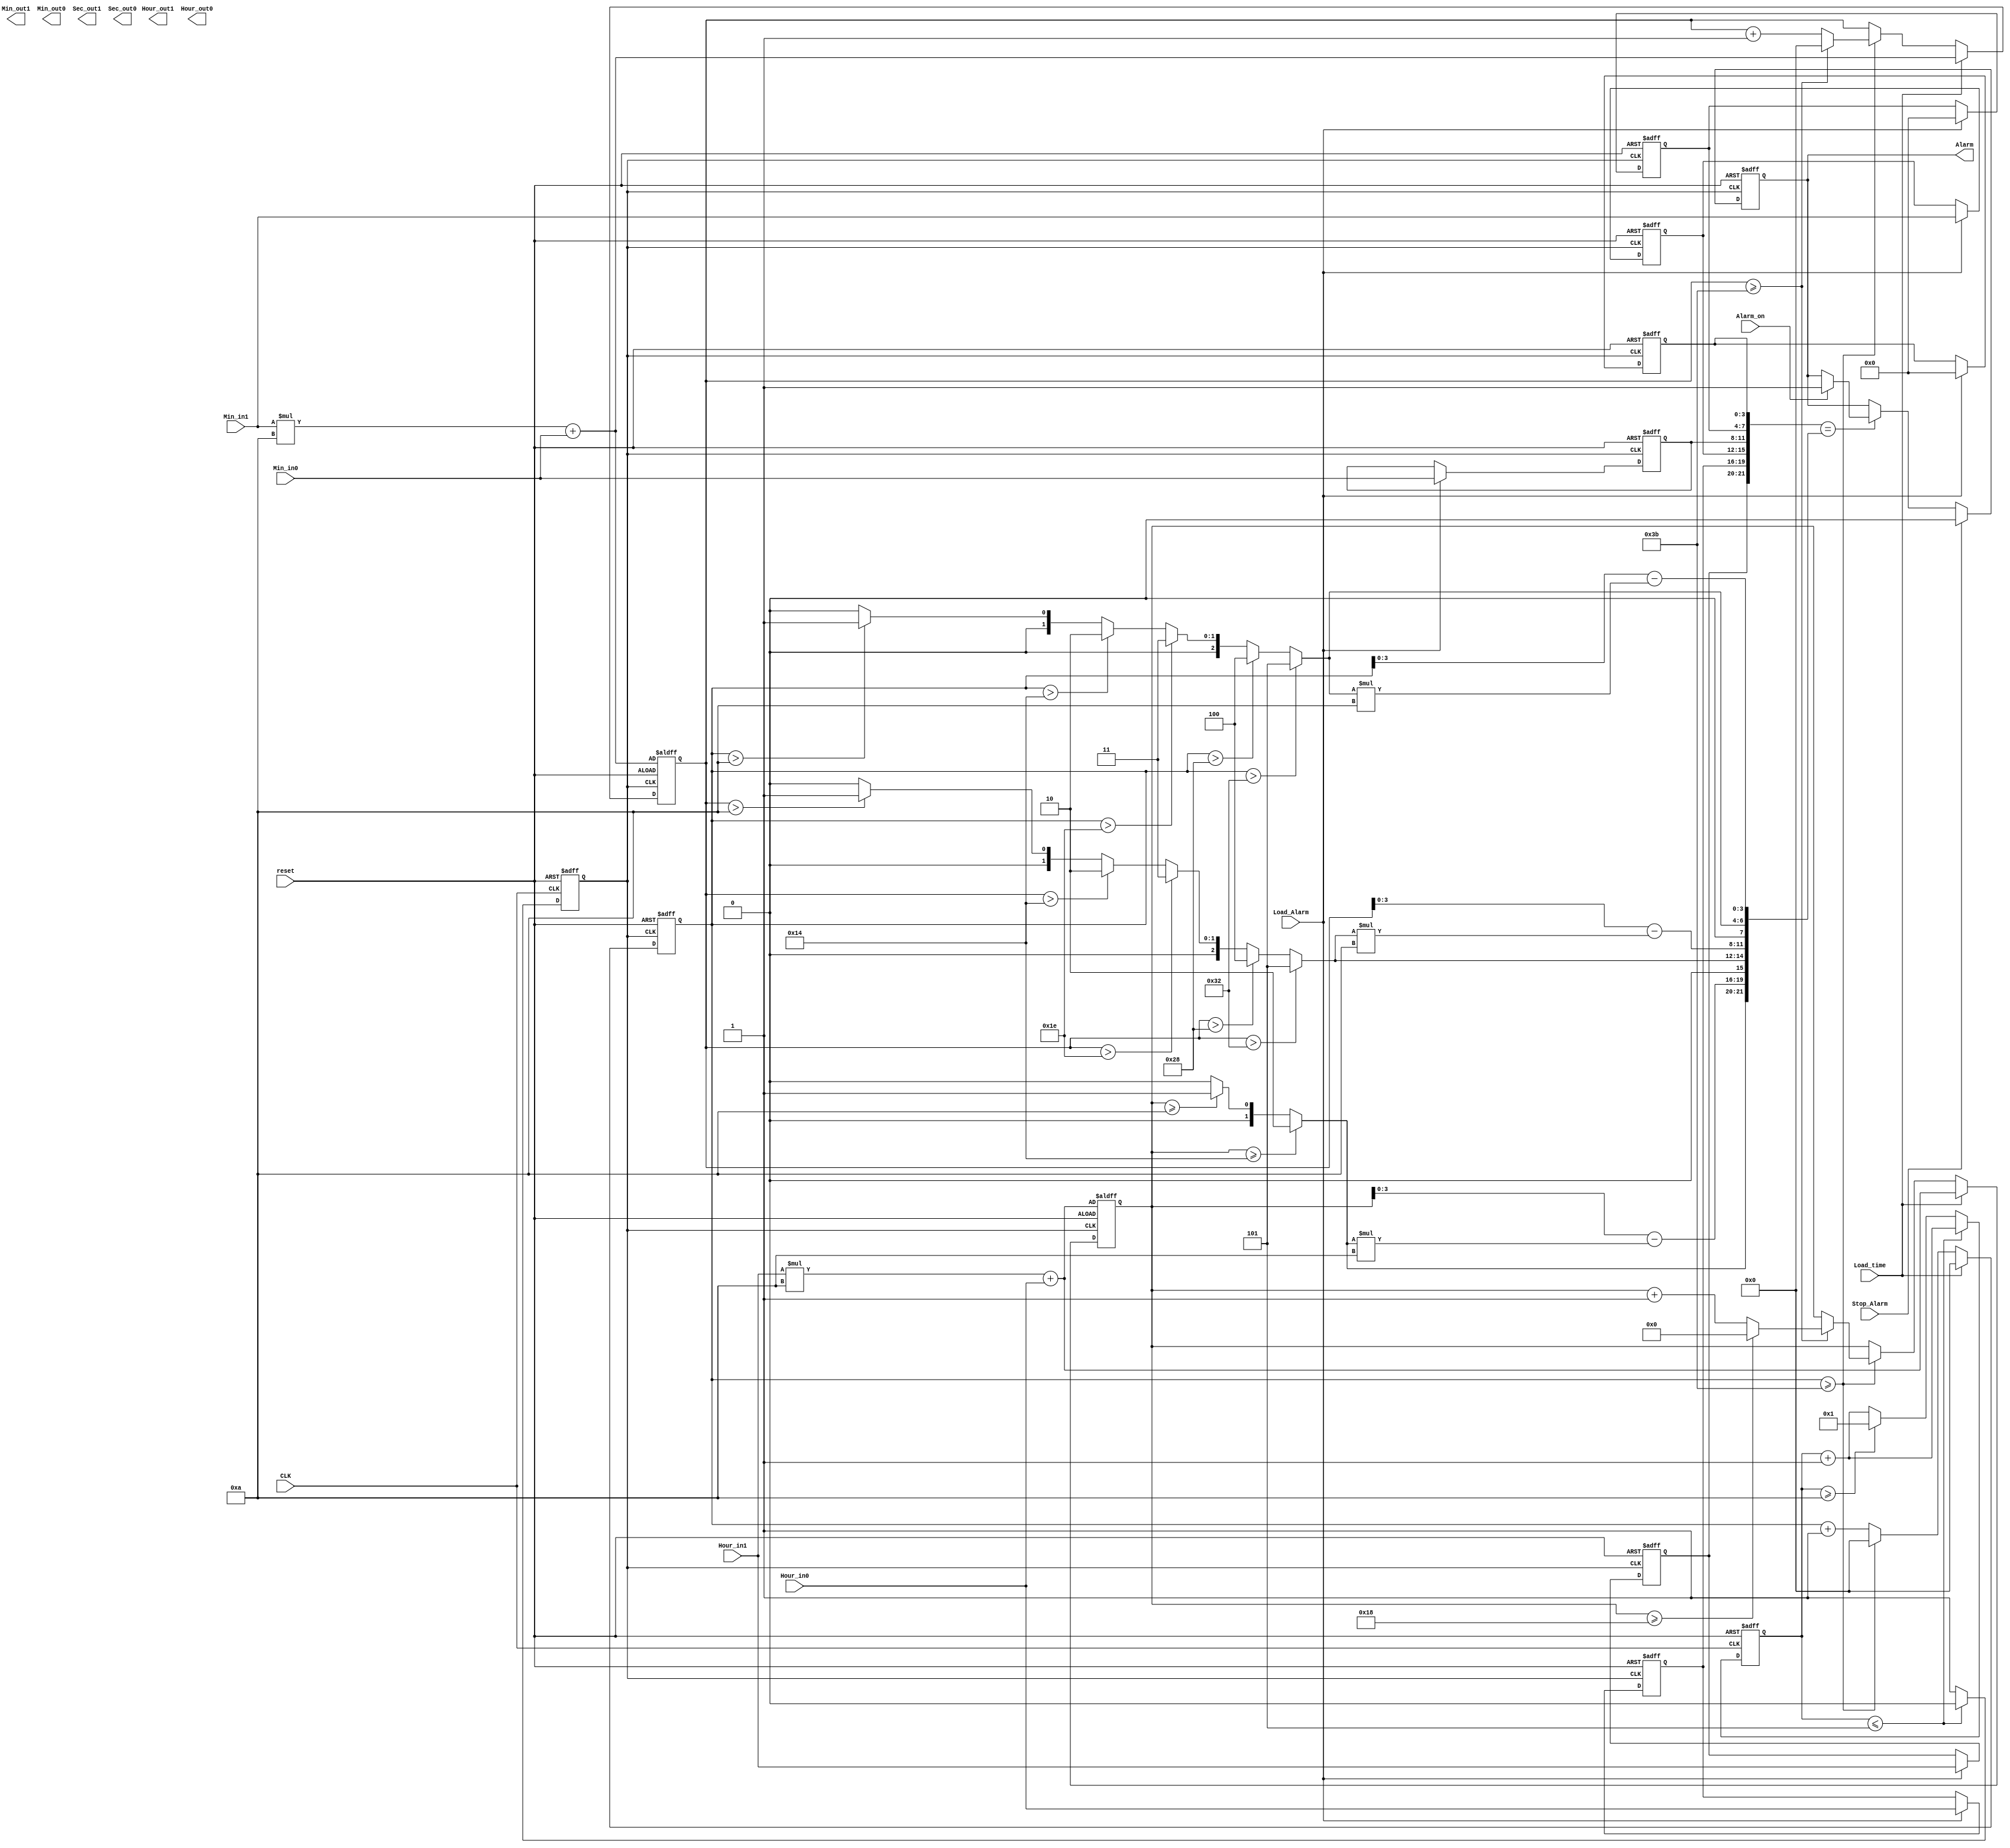
`timescale 1ns / 1ps
//////////////////////////////////////////////////////////////////////////////////
// Company: 
// Engineer: 
// 
// Design Name: 
// Module Name:    Alaarm 
// Project Name: 
// Target Devices: 
// Tool versions: 
// Description: 
//
// Dependencies: 
//
// Revision: 
// Revision 0.01 - File Created
// Additional Comments: 
//
//////////////////////////////////////////////////////////////////////////////////
module Alaarm(
    input reset,
    input CLK,
    input Load_time,
    input Load_Alarm,
    input Stop_Alarm,
    input Alarm_on,
    input [1:0] Hour_in1,
    input [3:0] Hour_in0,
    input [3:0] Min_in1,
    input [3:0] Min_in0,
    output reg Alarm,
	 output [1:0] Hour_out1,
	 output [3:0] Hour_out0,
	 output [3:0] Min_out1,
	 output [3:0] Min_out0,
	 output [3:0] Sec_out1,
	 output [3:0] Sec_out0
    );


///// internal signals /////

reg CLK_1s;
reg [3:0] temp_1s;
reg [4:0] temp_Hour;
reg [5:0] temp_Min;
reg [5:0] temp_Sec;

reg [1:0] Clock_Hour1,Alarm_Hour1;
reg [3:0] Clock_Hour0,Alarm_Hour0;

reg [3:0] Clock_Min1,Alarm_Min1;
reg [3:0] Clock_Min0,Alarm_Min0;

reg [3:0] Clock_Sec1,Alarm_Sec1;
reg [3:0] Clock_Sec0,Alarm_Sec0;




////////////// Clock Operation //////////////////////

always @(posedge CLK_1s or posedge reset)
begin
	if(reset)
	begin
		//Set all alarm to zero//
		Alarm_Hour1<= 0;
		Alarm_Hour0<=0;
		Alarm_Min0<=0;
		Alarm_Min1<=0;
		Alarm_Sec1<=0;
		Alarm_Sec0<=0;
		temp_Hour<=Hour_in1*10+Hour_in0;
		temp_Min<=Min_in1*10+Min_in0;
		temp_Sec<=0;
	end
	else
	begin
		
		if(Load_Alarm)
		begin
			Alarm_Hour1<=Hour_in1;
			Alarm_Hour0<=Hour_in0;
			Alarm_Min1<=Min_in1;
			Alarm_Min0<=Min_in0;
			Alarm_Sec1<=0;
			Alarm_Sec0<=0;
		end
		
		if(Load_time)
		begin
			temp_Hour<=Hour_in1*10+Hour_in0;
			temp_Min<=Min_in1*10+Min_in0;
			temp_Sec<=0;
		end
		
		else 
		begin
			temp_Sec<=temp_Sec+1;
			
			if(temp_Sec>=59)
			begin
				temp_Min<=temp_Min+1;
				temp_Sec<=0;
			
			
				if(temp_Min>=59)
				begin
					temp_Hour<=temp_Hour+1;
					temp_Min<=0;
			
			
					if(temp_Hour>=24)
					begin
						temp_Hour<=0;
					end
				end
			end	
		end
		
	end
end



//////////////// Create 1_S clock/////////////////////

always @(posedge CLK or posedge reset)
begin
	
	if(reset)
	begin
		temp_1s<=0;
		CLK_1s<=0;
	end
	
	else
	begin
		temp_1s<=temp_1s+1;
		
		if(temp_1s<=5)
			CLK_1s<=0;
		else if(temp_1s>=10)
		begin
			CLK_1s<=1;
			temp_1s<=1;
		end
		else
		CLK_1s<=1;
		
	end
	
end


//////////////// OUTPUT of Clock ////////////////////////

always @(*)
begin
	
	///// Calculating Hour ////////////////
	if(temp_Hour>=20)
	begin
		Clock_Hour1=2;
	end
	else 
	begin
		if ( temp_Hour>=10)
			Clock_Hour1=1;
		else
			Clock_Hour1=0;
	end 
	
	Clock_Hour0=temp_Hour-Clock_Hour1*10;
	
	//// Calculating Minutes//////////////
	if(temp_Min>50)
		Clock_Min1=5;
	else if (temp_Min>40 )
		Clock_Min1=4;
	else if (temp_Min>30 )
		Clock_Min1=3;
	else if (temp_Min>20 )
		Clock_Min1=2;
	else if (temp_Min>10 )
		Clock_Min1=1;
	else 
		Clock_Min1=0;
		
	Clock_Min0=temp_Min-Clock_Min1*10;
	
	//// Calculating Seconds//////////////
	if(temp_Sec>50)
		Clock_Sec1=5;
	else if (temp_Sec>40 )
		Clock_Sec1=4;
	else if (temp_Sec>30 )
		Clock_Sec1=3;
	else if (temp_Sec>20 )
		Clock_Sec1=2;
	else if (temp_Sec>10 )
		Clock_Sec1=1;
	else 
		Clock_Sec1=0;
		
	Clock_Sec0=temp_Sec-Clock_Sec1*10;	
	
end

assign Hour_Out1=Clock_Hour1;
assign Hour_Out0=Clock_Hour0;

assign Min_Out1=Clock_Min1;
assign Min_Out0=Clock_Min0;

assign Sec_Out1=Clock_Sec1;
assign Sec_Out0=Clock_Sec0;


/////////// Set Alarm ////////////////////

always @ (posedge CLK_1s or posedge reset)
begin
	if(reset)
		Alarm<=0;
	else 
	begin
		if ({Alarm_Hour1,Alarm_Hour0,Alarm_Min1,Alarm_Min0,Alarm_Sec1,Alarm_Sec0}=={Clock_Hour1,Clock_Hour0,Clock_Min1,Clock_Min0,Clock_Sec1,Clock_Sec0})
		begin
			if(Alarm_on)
				Alarm<=1;
		end
		
		if (Stop_Alarm)
			Alarm<=0;
		
	end
	
end


endmodule